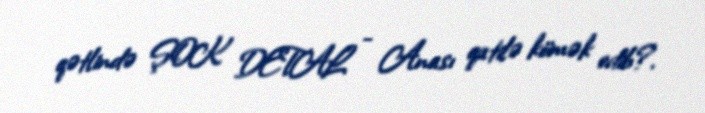
qətlində ŞOK DETAL - Anası qatilə kömək edib?.